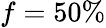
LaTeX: f=50\%